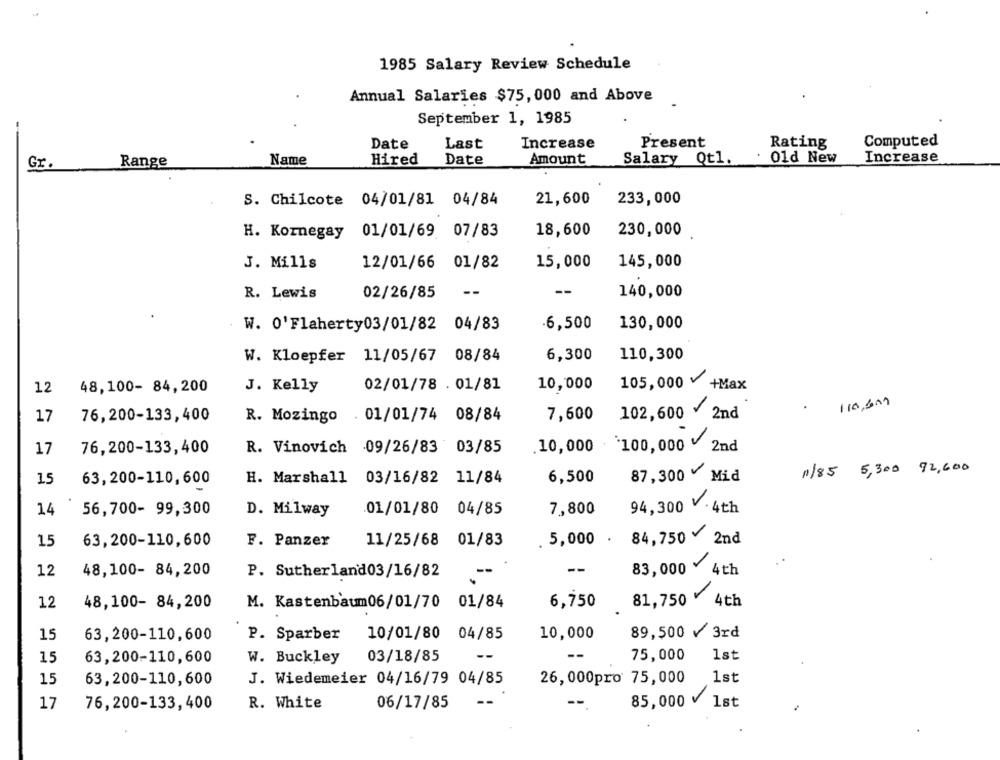
1985 Salary Review Schedule
Annual Salaries $75, 000 and Above
September 1, 1985
Date
Last
Increase
Present
Rating
Computed
Name
. 01d New
Increase
Gr.
Range
Hired
Date
Amount
Salary Qt1.
S. Chilcote 04/01/81 04/84
21,600
233,000
H. Kornegay 01/01/69 07/83
18,600
230,000
J. Mills
12/01/66 01/82
15,000
145,000
R. Lewis
02/26/85
--
140,000
W. 0'Flaherty03/01/82 04/83
.6,500
130,000
6,300
110,300
W. Kloepfer 11/05/67 08/84
48,100- 84,200
J. Kelly
02/01/78 . 01/81
10,000
105,000 +Max
12
110,600
17
76,200-133,400
R. Mozingo . 01/01/74 08/84
7,600
102,600 ¥ 2nd
17
.10,000 100,000 V 2nd
76,200-133,400
R. Vinovich 09/26/83 03/85
1/85 5,300 82,600
63,200-110,600
H. Marshall 03/16/82 11/84
6,500
87,300 v
Mid
15
14
7,800
94,300 V · 4th
56,700- 99,300
D. Milway
.01/01/80 04/85
15
63,200-110,600
F. Panzer
11/25/68 01/83
. 5,000 .
84,750 2nd
12
--
48,100- 84,200
P. Sutherland03/16/82
83,000 ¥ 4th
12
48,100- 84,200
M. Kastenbaum06/01/70
01/84
6,750
81,750 4th
15
63,200-110,600
P. Sparber
10/01/80 04/85
10,000
89,500 v 3rd
15
63,200-110,600
W. Buckley
03/18/85
--
75,000
1st
15
63,200-110,600
J. Wiedemeier 04/16/79 04/85
26, 000pro 75,000
1st
17
76,200-133, 400
R. White
06/17/85
85,000 1st